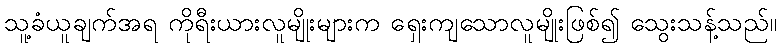
သူ့ခံယူချက်အရ ကိုရီးယားလူမျိုးများက ရှေးကျသောလူမျိုးဖြစ်၍ သွေးသန့်သည်။